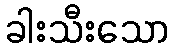
ခါးသီးသော